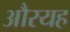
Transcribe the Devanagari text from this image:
औरयह